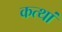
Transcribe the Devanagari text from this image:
कत्थां